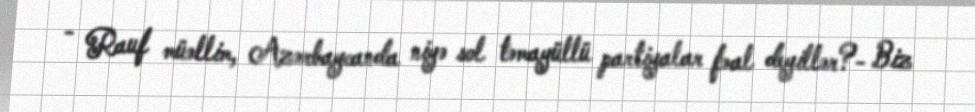
- Rauf müəllim, Azərbaycanda niyə sol təmayüllü partiyalar fəal deyillər?- Biz